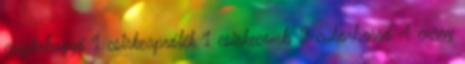
csipkebogyó 1 csirkeaprólék 1 csirkecomb 2 cukorborsó 4 curry